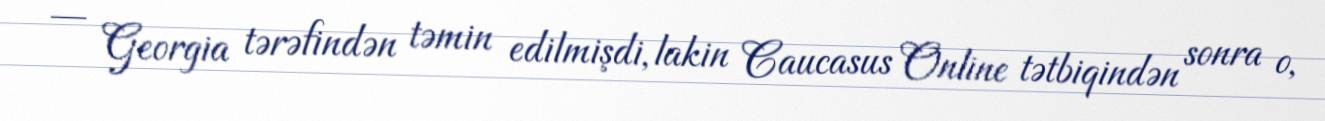
— Georgia tərəfindən təmin edilmişdi, lakin Caucasus Online tətbiqindən sonra o,